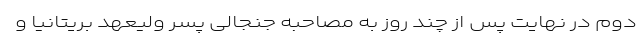
دوم در نهایت پس از چند روز به مصاحبه جنجالی پسر ولیعهد بریتانیا و